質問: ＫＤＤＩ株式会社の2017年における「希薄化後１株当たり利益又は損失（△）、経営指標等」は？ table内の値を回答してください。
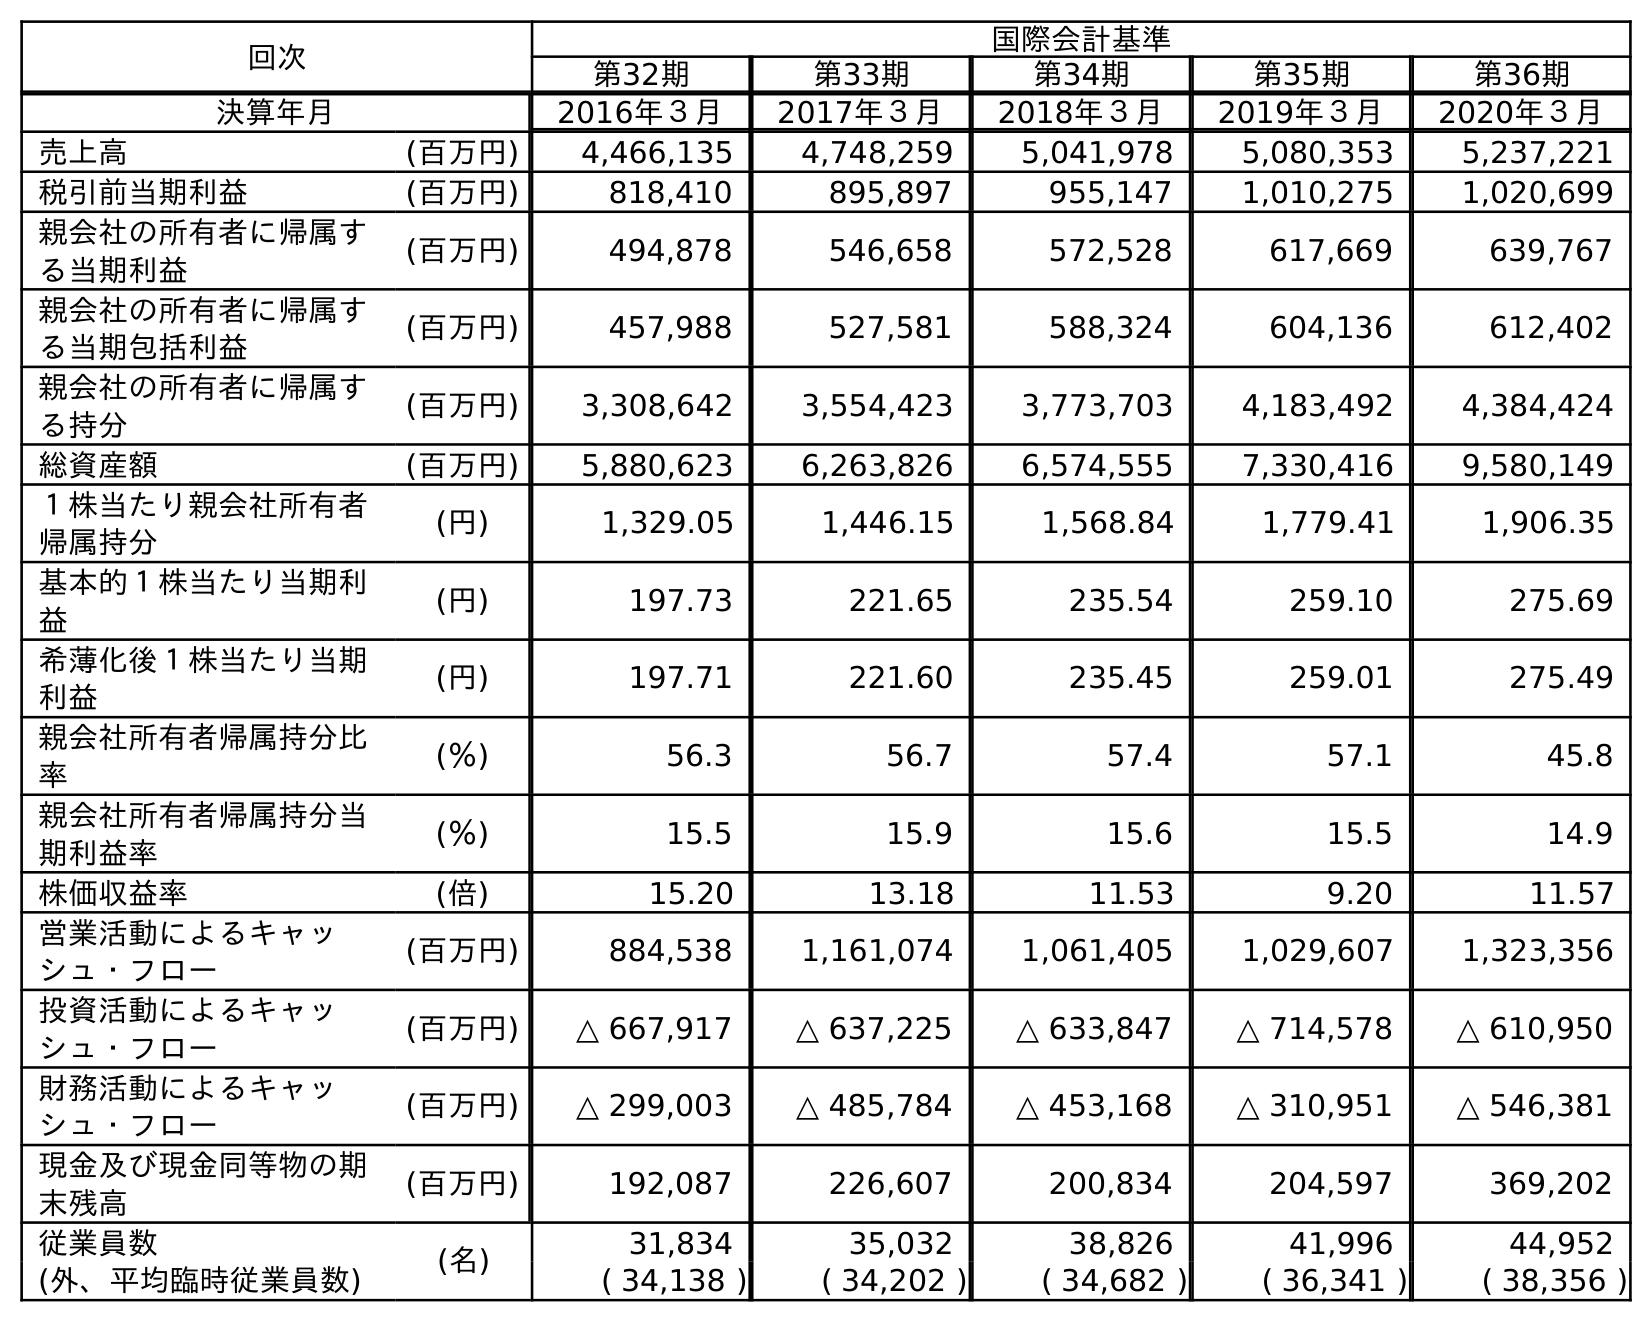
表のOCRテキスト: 回次 国際会計基準 第32期 第33期 第34期 第35期 第36期 決算年月 2016年３月 2017年３月 2018年３月 2019年３月 2020年３月 売上高 (百万円) 4,466,135 4,748,259 5,041,978 5,080,353 5,237,221 税引前当期利益 (百万円) 818,410 895,897 955,147 1,010,275 1,020,699 親会社の所有者に帰属す る当期利益 (百万円) 494,878 546,658 572,528 617,669 639,767 親会社の所有者に帰属す る当期包括利益 (百万円) 457,988 527,581 588,324 604,136 612,402 親会社の所有者に帰属す る持分 (百万円) 3,308,642 3,554,423 3,773,703 4,183,492 4,384,424 総資産額 (百万円) 5,880,623 6,263,826 6,574,555 7,330,416 9,580,149 １株当たり親会社所有者 帰属持分 (円) 1,329.05 1,446.15 1,568.84 1,779.41 1,906.35 基本的１株当たり当期利 益 (円) 197.73 221.65 235.54 259.10 275.69 希薄化後１株当たり当期 利益 (円) 197.71 221.60 235.45 259.01 275.49 親会社所有者帰属持分比 率 (％) 56.3 56.7 57.4 57.1 45.8 親会社所有者帰属持分当 期利益率 (％) 15.5 15.9 15.6 15.5 14.9 株価収益率 (倍) 15.20 13.18 11.53 9.20 11.57 営業活動によるキャッ シュ・フロー (百万円) 884,538 1,161,074 1,061,405 1,029,607 1,323,356 投資活動によるキャッ シュ・フロー (百万円) △ 667,917 △ 637,225 △ 633,847 △ 714,578 △ 610,950 財務活動によるキャッ シュ・フロー (百万円) △ 299,003 △ 485,784 △ 453,168 △ 310,951 △ 546,381 現金及び現金同等物の期 末残高 (百万円) 192,087 226,607 200,834 204,597 369,202 従業員数 (名) 31,834 35,032 38,826 41,996 44,952 (外、平均臨時従業員数) ( 34,138 ) ( 34,202 ) ( 34,682 ) ( 36,341 ) ( 38,356 )
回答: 221.60